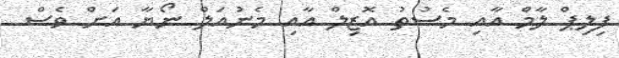
ފިލިޕް ލާމް އާއި މެސުތު އޮޒިލް އާއި މެނުއަލް ނޯޔާ އަށް ވެސް